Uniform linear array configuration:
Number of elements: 8
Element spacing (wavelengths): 0.25
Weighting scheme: kaiser
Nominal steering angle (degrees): -30
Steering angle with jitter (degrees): -28.066
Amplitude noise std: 0.05
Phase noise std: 0.05

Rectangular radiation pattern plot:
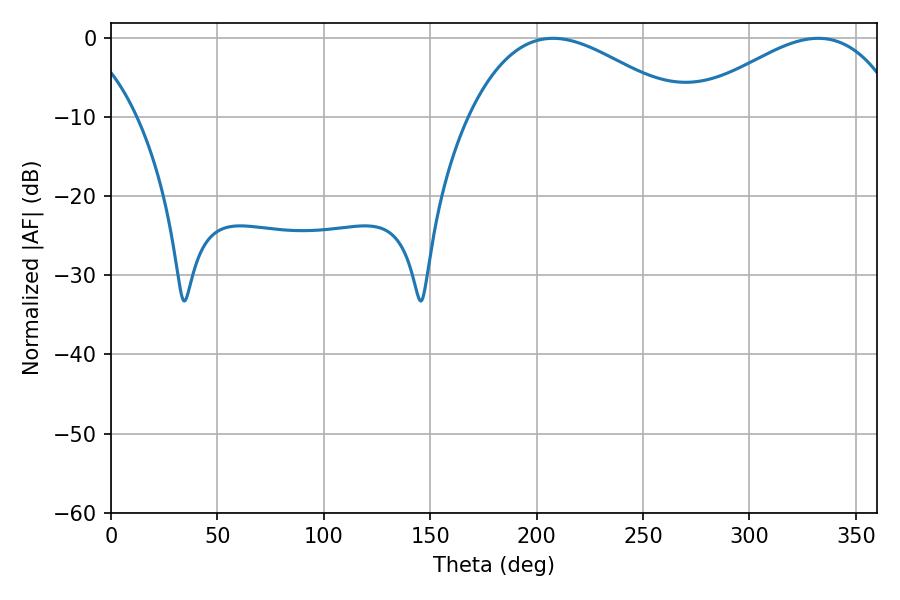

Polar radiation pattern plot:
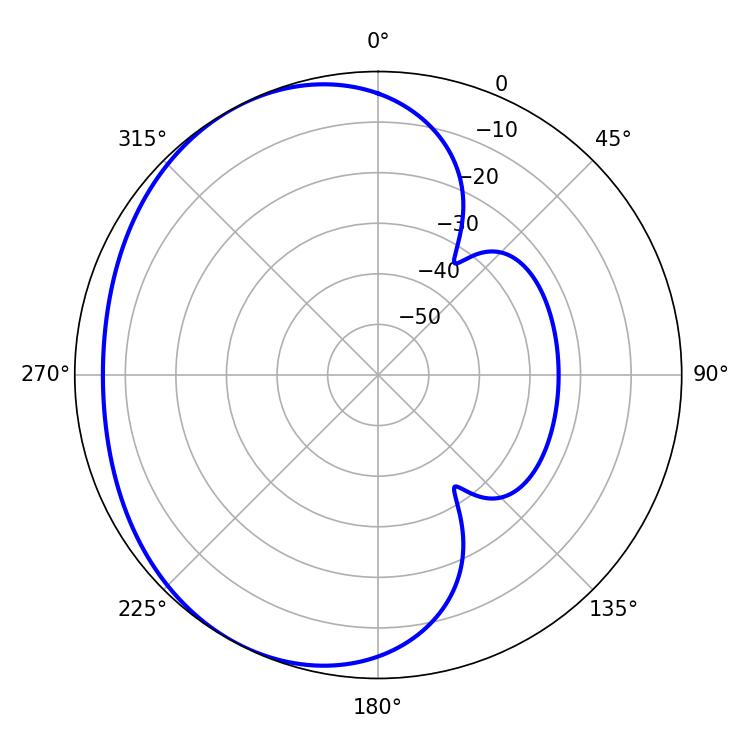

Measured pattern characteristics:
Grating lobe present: FALSE
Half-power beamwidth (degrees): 55.08
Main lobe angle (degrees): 207.72